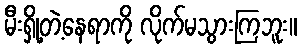
မီးရှို့တဲ့နေရာကို လိုက်မသွားကြဘူး။